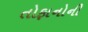
તોફાનોની